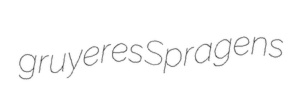
gruyeres Spragens